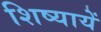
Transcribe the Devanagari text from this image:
शिष्यायें